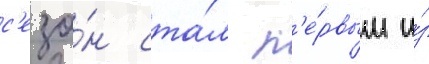
с'езо́н ста́л п'е́рвым и́з